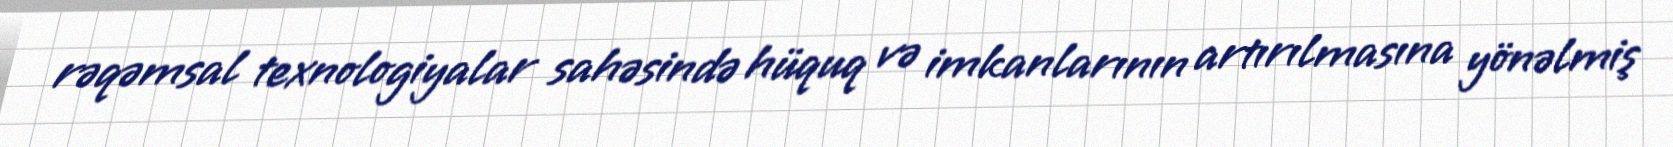
rəqəmsal texnologiyalar sahəsində hüquq və imkanlarının artırılmasına yönəlmiş